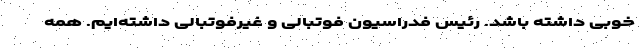
خوبی داشته باشد. رئیس فدراسیون فوتبالی و غیرفوتبالی داشته‌ایم. همه